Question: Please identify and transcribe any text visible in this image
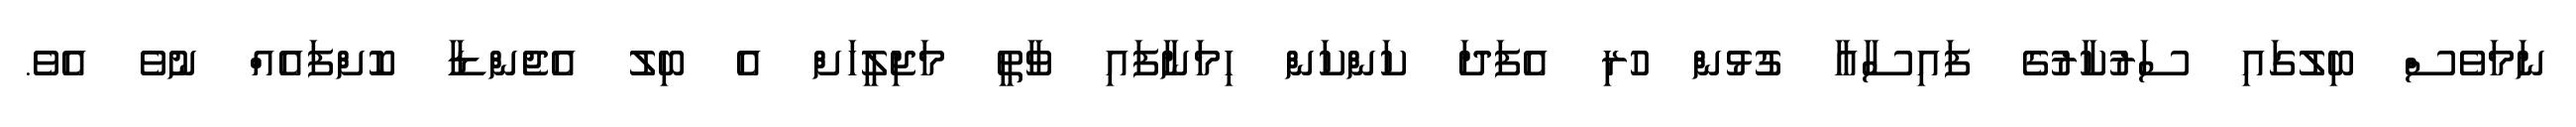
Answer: ނަމަވެސް ބިލުގައި ސަރުކާރުގެ ފައިސާއާ ގުޅުން ހުރި އެފަދަ ކަންކަން ހިމަނާފައި ވާތީ މަޖިލީހަށް އެ ބިލު އެޖެންޑާ ކޮށްފައެއް ނުވެ އެވެ.